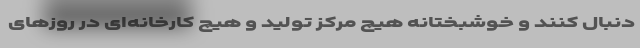
دنبال کنند و خوشبختانه هیچ مرکز تولید و هیچ کارخانه‌ای در روزهای